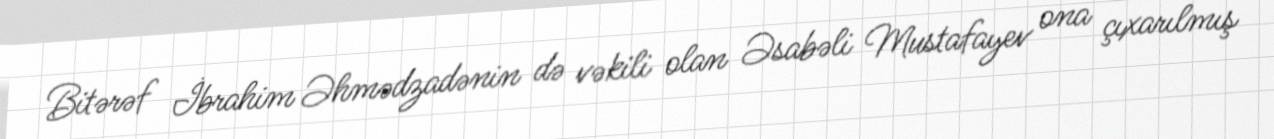
Bitərəf İbrahim Əhmədzadənin də vəkili olan Əsabəli Mustafayev ona çıxarılmış